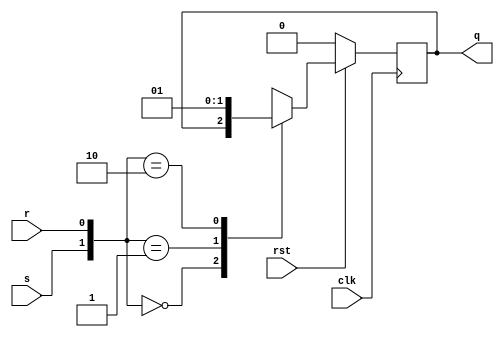
module s_r_ff(s,r,clk,q,rst);
    input s,r,clk,rst;
    output reg q;
    
  always@(negedge clk)//synchronous reset
    begin
        if (!rst)//rst == 0 or !rst -- Active  Low Reset
            q = 0;
        else
        begin
            case({s,r})
                2'b00: q = q;
                2'b01: q = 0;
                2'b10: q = 1;
                2'b11: q = 1'bx;
            endcase
        end
    end
    
endmodule